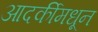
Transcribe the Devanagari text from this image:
आदर्कीमधून